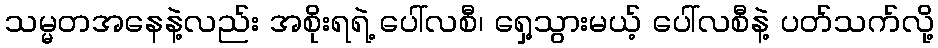
သမ္မတအနေနဲ့လည်း အစိုးရရဲ့ ပေါ်လစီ၊ ရှေ့သွားမယ့် ပေါ်လစီနဲ့ ပတ်သက်လို့